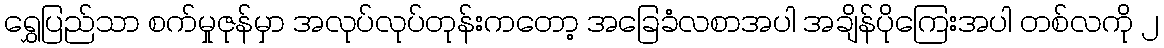
ရွှေပြည်သာ စက်မှုဇုန်မှာ အလုပ်လုပ်တုန်းကတော့ အခြေခံလစာအပါ အချိန်ပိုကြေးအပါ တစ်လကို ၂